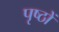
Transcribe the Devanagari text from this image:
पृष्‍ठों